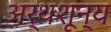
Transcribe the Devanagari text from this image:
अर्थशून्य